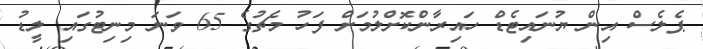
ޕެލެސް އިން ޔުނައިޓެޑް ހައިރާންކޮށްލުމަށް ފަހު މެޗުގެ 65 ވަނަ މިނިޓުގައި ލީޑު